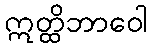
ဣတ္ထိဘာဝေါ